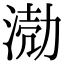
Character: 𭱅